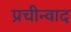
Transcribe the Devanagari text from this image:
प्रचीन्वाद